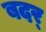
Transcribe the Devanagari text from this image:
बदर्